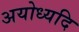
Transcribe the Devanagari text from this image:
अयोध्यदि